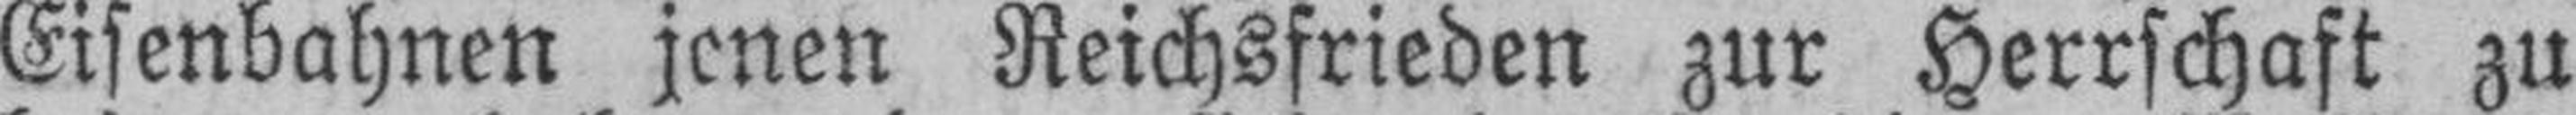
Eisenbahnen jenen Reichsfrieden zur Herrschaft zu